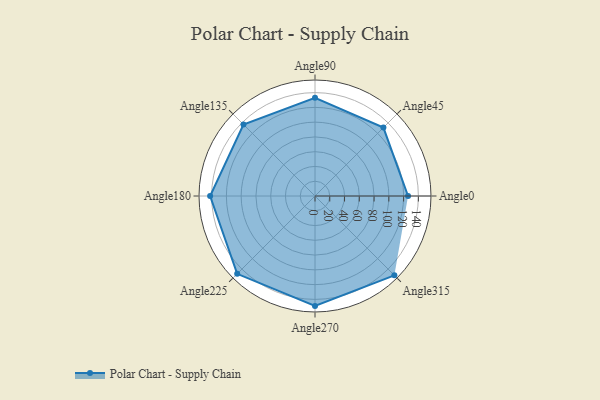
{"axis": {"x": "Angle", "y": "Radius"}, "legend": [""], "data": [{"x": "Angle0", "y": 126.0, "type": ""}, {"x": "Angle45", "y": 131.0, "type": ""}, {"x": "Angle90", "y": 133.0, "type": ""}, {"x": "Angle135", "y": 137.0, "type": ""}, {"x": "Angle180", "y": 142.0, "type": ""}, {"x": "Angle225", "y": 149.0, "type": ""}, {"x": "Angle270", "y": 149.0, "type": ""}, {"x": "Angle315", "y": 152.0, "type": ""}]}